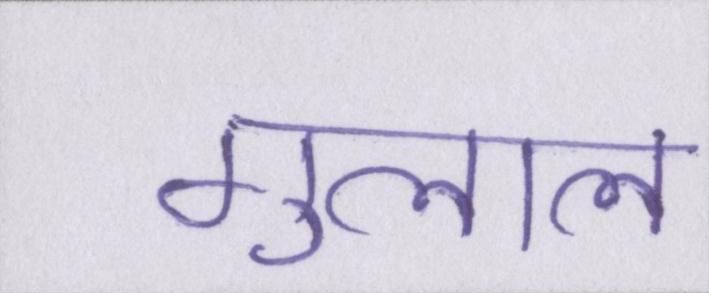
गुलाल